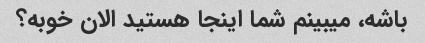
باشه، میبینم شما اینجا هستید الان خوبه؟